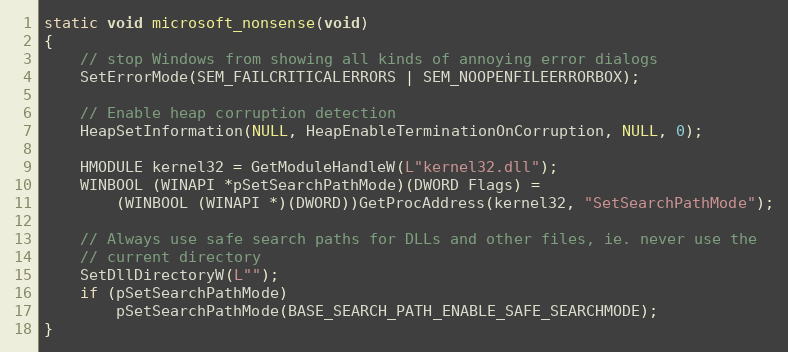
Language: C
static void microsoft_nonsense(void)
{
    // stop Windows from showing all kinds of annoying error dialogs
    SetErrorMode(SEM_FAILCRITICALERRORS | SEM_NOOPENFILEERRORBOX);

    // Enable heap corruption detection
    HeapSetInformation(NULL, HeapEnableTerminationOnCorruption, NULL, 0);

    HMODULE kernel32 = GetModuleHandleW(L"kernel32.dll");
    WINBOOL (WINAPI *pSetSearchPathMode)(DWORD Flags) =
        (WINBOOL (WINAPI *)(DWORD))GetProcAddress(kernel32, "SetSearchPathMode");

    // Always use safe search paths for DLLs and other files, ie. never use the
    // current directory
    SetDllDirectoryW(L"");
    if (pSetSearchPathMode)
        pSetSearchPathMode(BASE_SEARCH_PATH_ENABLE_SAFE_SEARCHMODE);
}